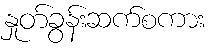
နှုတ်ခွန်းဆက်စကား